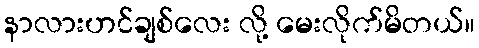
နာလားဟင်ချစ်လေး လို့ မေးလိုက်မိတယ်။